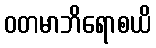
ဝတမာဘိရောစယိ